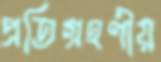
প্রতিগ্রহণীয়